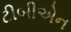
ટીબીએન